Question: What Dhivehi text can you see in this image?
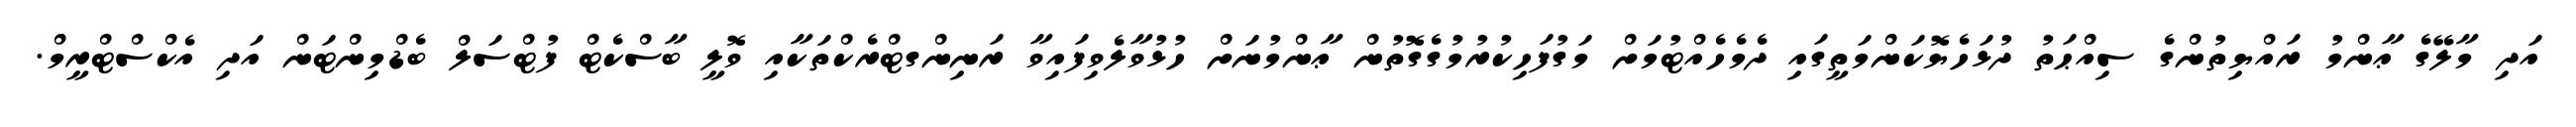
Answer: އަދި މާލޭގެ ޢާންމު ރައްޔިތުންގެ ސިއްޙަތު ދުޅަހެޔޮކަންމަތީގައި ދެމެހެއްޓުމަށް މަގުފަހިކުރުމުގެގޮތުން ޢާންމުނަށް ހުޅުވާލެވިފައިވާ ރަނިންގޓްރެކްތަކާއި ވޮލީ ބާސްކެޓް ފުޓްސަލް ބެޑްމިންޓަން އަދި އެކްސްޓްރީމް.